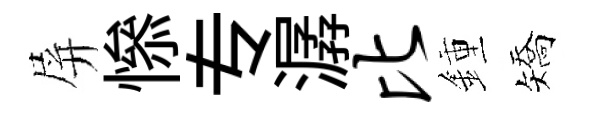
屏𢡖专潺比鍾矯